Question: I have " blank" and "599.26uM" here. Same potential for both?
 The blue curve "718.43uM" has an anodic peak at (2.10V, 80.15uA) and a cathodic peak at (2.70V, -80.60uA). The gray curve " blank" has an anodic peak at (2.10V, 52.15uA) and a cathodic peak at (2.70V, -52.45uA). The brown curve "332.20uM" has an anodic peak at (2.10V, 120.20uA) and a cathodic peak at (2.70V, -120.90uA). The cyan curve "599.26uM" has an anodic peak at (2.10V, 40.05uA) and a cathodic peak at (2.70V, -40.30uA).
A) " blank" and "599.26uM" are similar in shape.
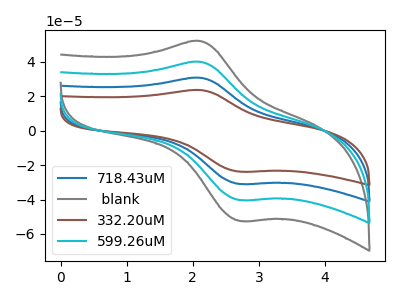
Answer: <think>All the peaks in " blank" have a peak in "599.26uM" at the same potential. Every peak in " blank" is higher than every peak in "599.26uM".
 </think>
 <answer>A) " blank" and "599.26uM" are similar in shape.</answer>
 <eval>A</eval>